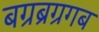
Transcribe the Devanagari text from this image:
बग्रब्रग्रगब